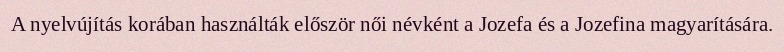
A nyelvújítás korában használták először női névként a Jozefa és a Jozefina magyarítására.